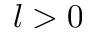
l > 0